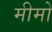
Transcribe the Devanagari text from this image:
मीमो